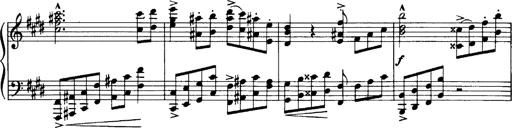
Title: OuvertÃ¼re zu TannhÃ¤user
Composer: Franz Liszt